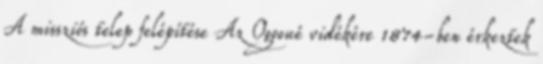
A missziós telep felépítése Az Ogooué vidékére 1874-ben érkeztek